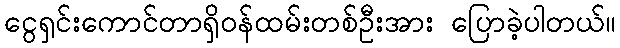
ငွေရှင်းကောင်တာရှိဝန်ထမ်းတစ်ဦးအား ပြောခဲ့ပါတယ်။